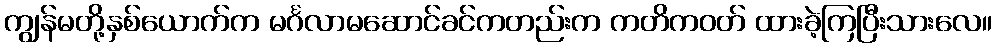
ကျွန်မတို့နှစ်ယောက်က မင်္ဂလာမဆောင်ခင်ကတည်းက ကတိကဝတ် ထားခဲ့ကြပြီးသားလေ။